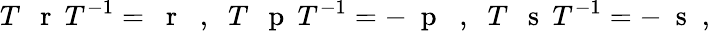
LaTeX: T\: \mathrm{~\mathbf~r~}\: T^{-1}=\mathrm{~\mathbf~r~}\; \; ,\; \; T\: \mathrm{~\mathbf~p~}\: T^{-1}=-\mathrm{~\mathbf~p~}\; \; ,\; \; T\: \mathrm{~\mathbf~s~}\: T^{-1}=-\mathrm{~\mathbf~s~}\; ,